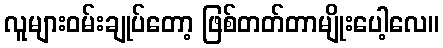
လူများဝမ်းချုပ်တော့ ဖြစ်တတ်တာမျိုးပေါ့လေ။